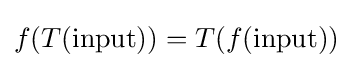
f(T({\text{input}}))=T(f({\text{input}}))